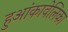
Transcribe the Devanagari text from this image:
हुआंकावेलिका